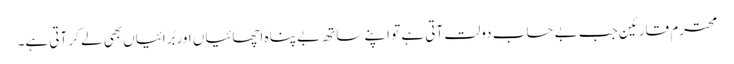
محترم قارئین جب بے حساب دولت آتی ہے تو اپنے ساتھ بے پناہ اچھائیاں اور بُرائیاں بھی لے کر آتی ہے۔